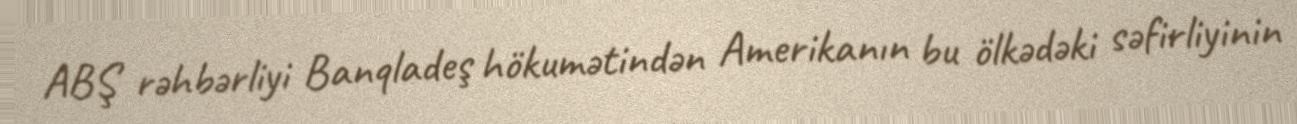
ABŞ rəhbərliyi Banqladeş hökumətindən Amerikanın bu ölkədəki səfirliyinin